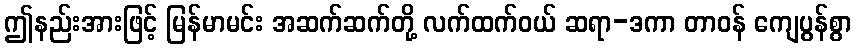
ဤနည်းအားဖြင့် မြန်မာမင်း အဆက်ဆက်တို့ လက်ထက်ဝယ် ဆရာ-ဒကာ တာဝန် ကျေပွန်စွာ